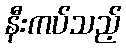
နီးကပ်သည့်